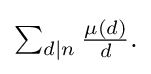
{\textstyle \sum _{d\mid n}{\frac {\mu (d)}{d}}.}